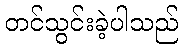
တင်သွင်းခဲ့ပါသည်